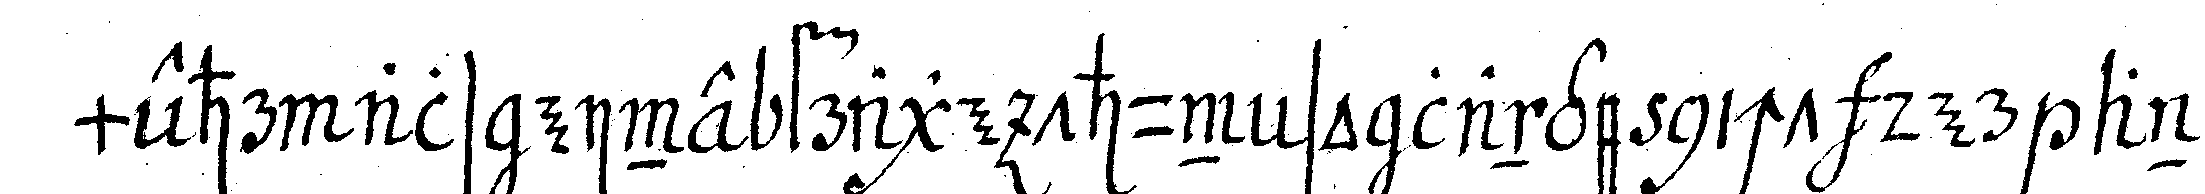
mehr als eine frage thun so lange nicht der ant